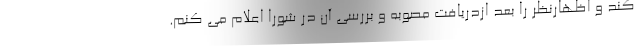
کند و اظهارنظر را بعد ازدریافت مصوبه و بررسی آن در شورا اعلام می کنم.